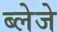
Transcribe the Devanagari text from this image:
ब्लेजे